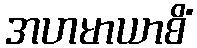
အဟမာယာစိံ